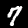
Label: 7